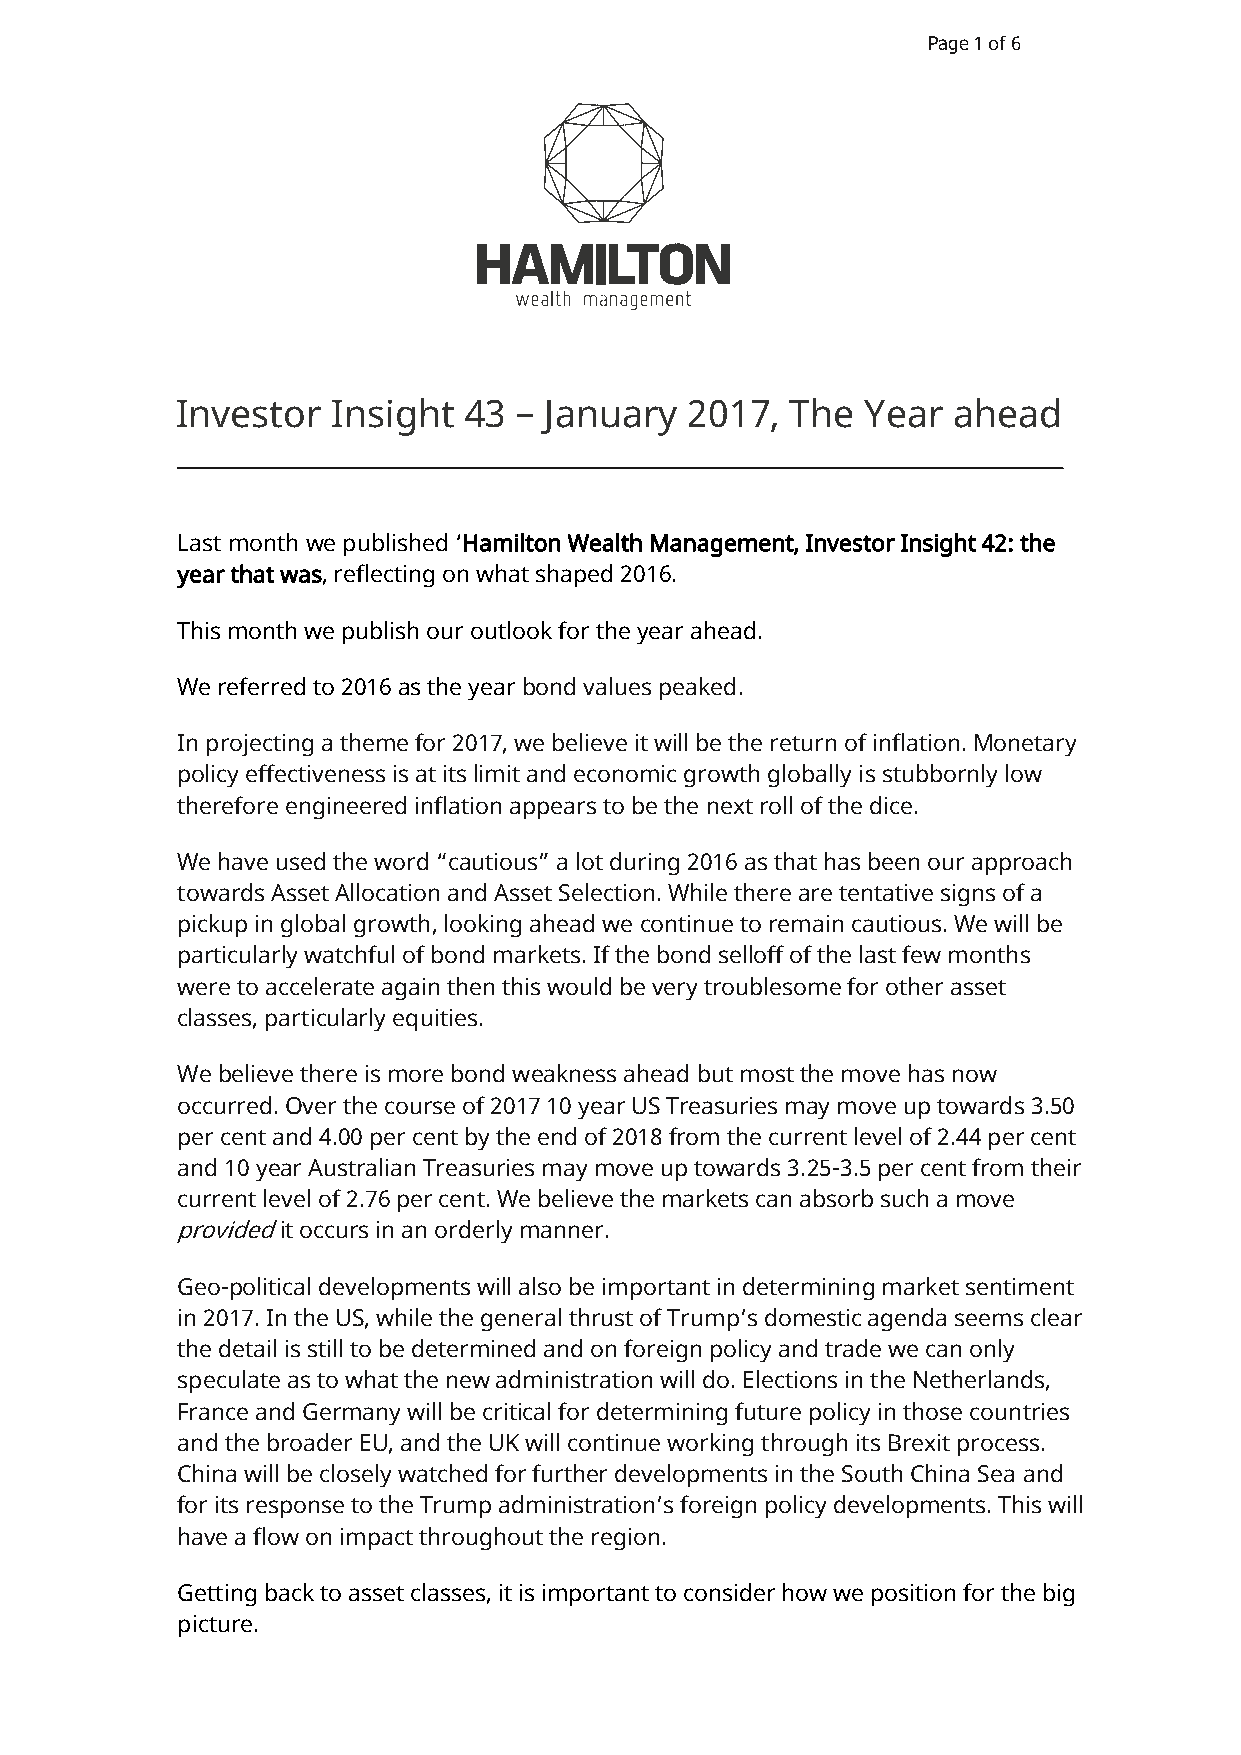
Page 1 of 6
 Investor  Insight  43 – January  2017,  The  Year  ahead
 Last month we published ‘Hamilton Wealth Management, Investor Insight 42: the
 year that was, reflecting on what shaped 2016.
 This month we publish our outlook for the year ahead.
 We referred to 2016 as the year bond values peaked.
 In projecting a theme for 2017, we believe it will be the return of inflation. Monetary
 policy effectiveness is at its limit and economic growth globally is stubbornly low
 therefore engineered inflation appears to be the next roll of the dice.
 We have used the word “cautious” a lot during 2016 as that has been our approach
 towards Asset Allocation and Asset Selection. While there are tentative signs of a
 pickup in global growth, looking ahead we continue to remain cautious. We will be
 particularly watchful of bond markets. If the bond selloff of the last few months
 were to accelerate again then this would be very troublesome for other asset
 classes, particularly equities.
 We believe there is more bond weakness ahead but most the move has now
 occurred. Over the course of 2017 10 year US Treasuries may move up towards 3.50
 per cent and 4.00 per cent by the end of 2018 from the current level of 2.44 per cent
 and 10 year Australian Treasuries may move up towards 3.25-3.5 per cent from their
 current level of 2.76 per cent. We believe the markets can absorb such a move
 provided it occurs in an orderly manner.
 Geo-political developments will also be important in determining market sentiment
 in 2017. In the US, while the general thrust of Trump’s domestic agenda seems clear
 the detail is still to be determined and on foreign policy and trade we can only
 speculate as to what the new administration will do. Elections in the Netherlands,
 France and Germany will be critical for determining future policy in those countries
 and the broader EU, and the UK will continue working through its Brexit process.
 China will be closely watched for further developments in the South China Sea and
 for its response to the Trump administration’s foreign policy developments. This will
 have a flow on impact throughout the region.
 Getting back to asset classes, it is important to consider how we position for the big
 picture.